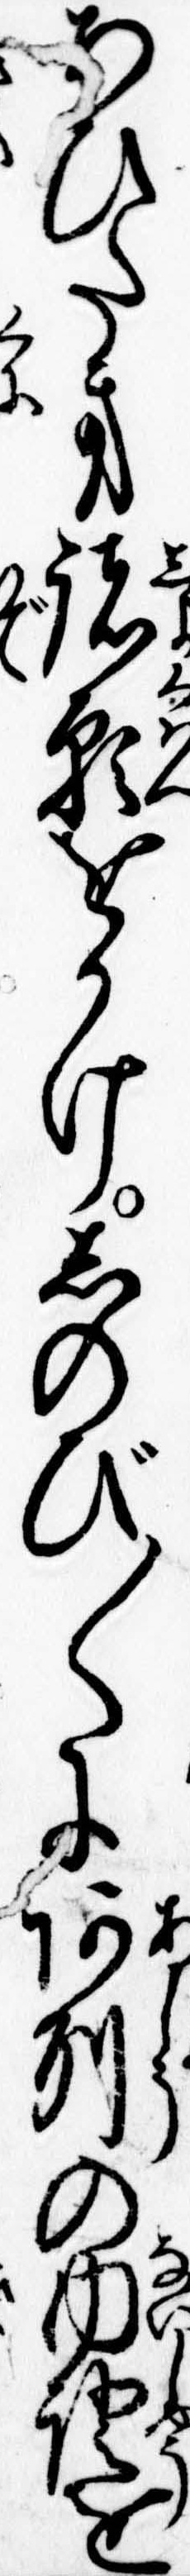
あひたき諸願をかけしのび〱に阿州の内証を